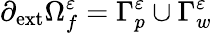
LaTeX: \partial_{\mathrm{{ext}}}\Omega_{f}^{\varepsilon}=\Gamma_{p}^{\varepsilon}\cup\Gamma_{w}^{\varepsilon}